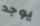
يوجد